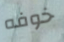
خوفه